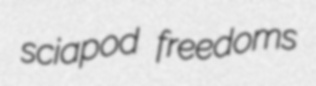
sciapod freedoms